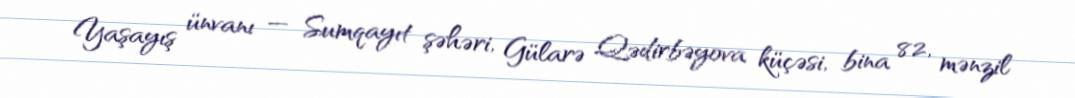
Yaşayış ünvanı — Sumqayıt şəhəri, Gülarə Qədirbəyova küçəsi, bina 82, mənzil